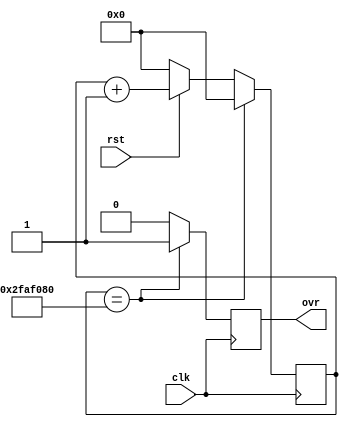
module counter(input clk, input rst, output reg ovr);

`define MAX_CLK_COUNT 32'd50000000

reg [31:0] clk_count;

initial begin
    ovr = 1'b0;
    clk_count = 32'd0;
end

always @(posedge clk) begin

    ovr = 1'b0;

    if(rst == 0)
        clk_count <= 32'd0;
    else
        clk_count <= clk_count + 1;

    
    if(clk_count == `MAX_CLK_COUNT) begin
        ovr = 1'b1;
        clk_count <= 32'd0;
    end

end

endmodule